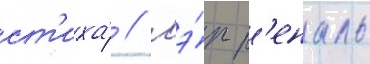
ст'иха́ // Мэ́р р'еналь